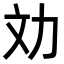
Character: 𠠼